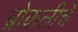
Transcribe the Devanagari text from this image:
ब्रोकलीचे